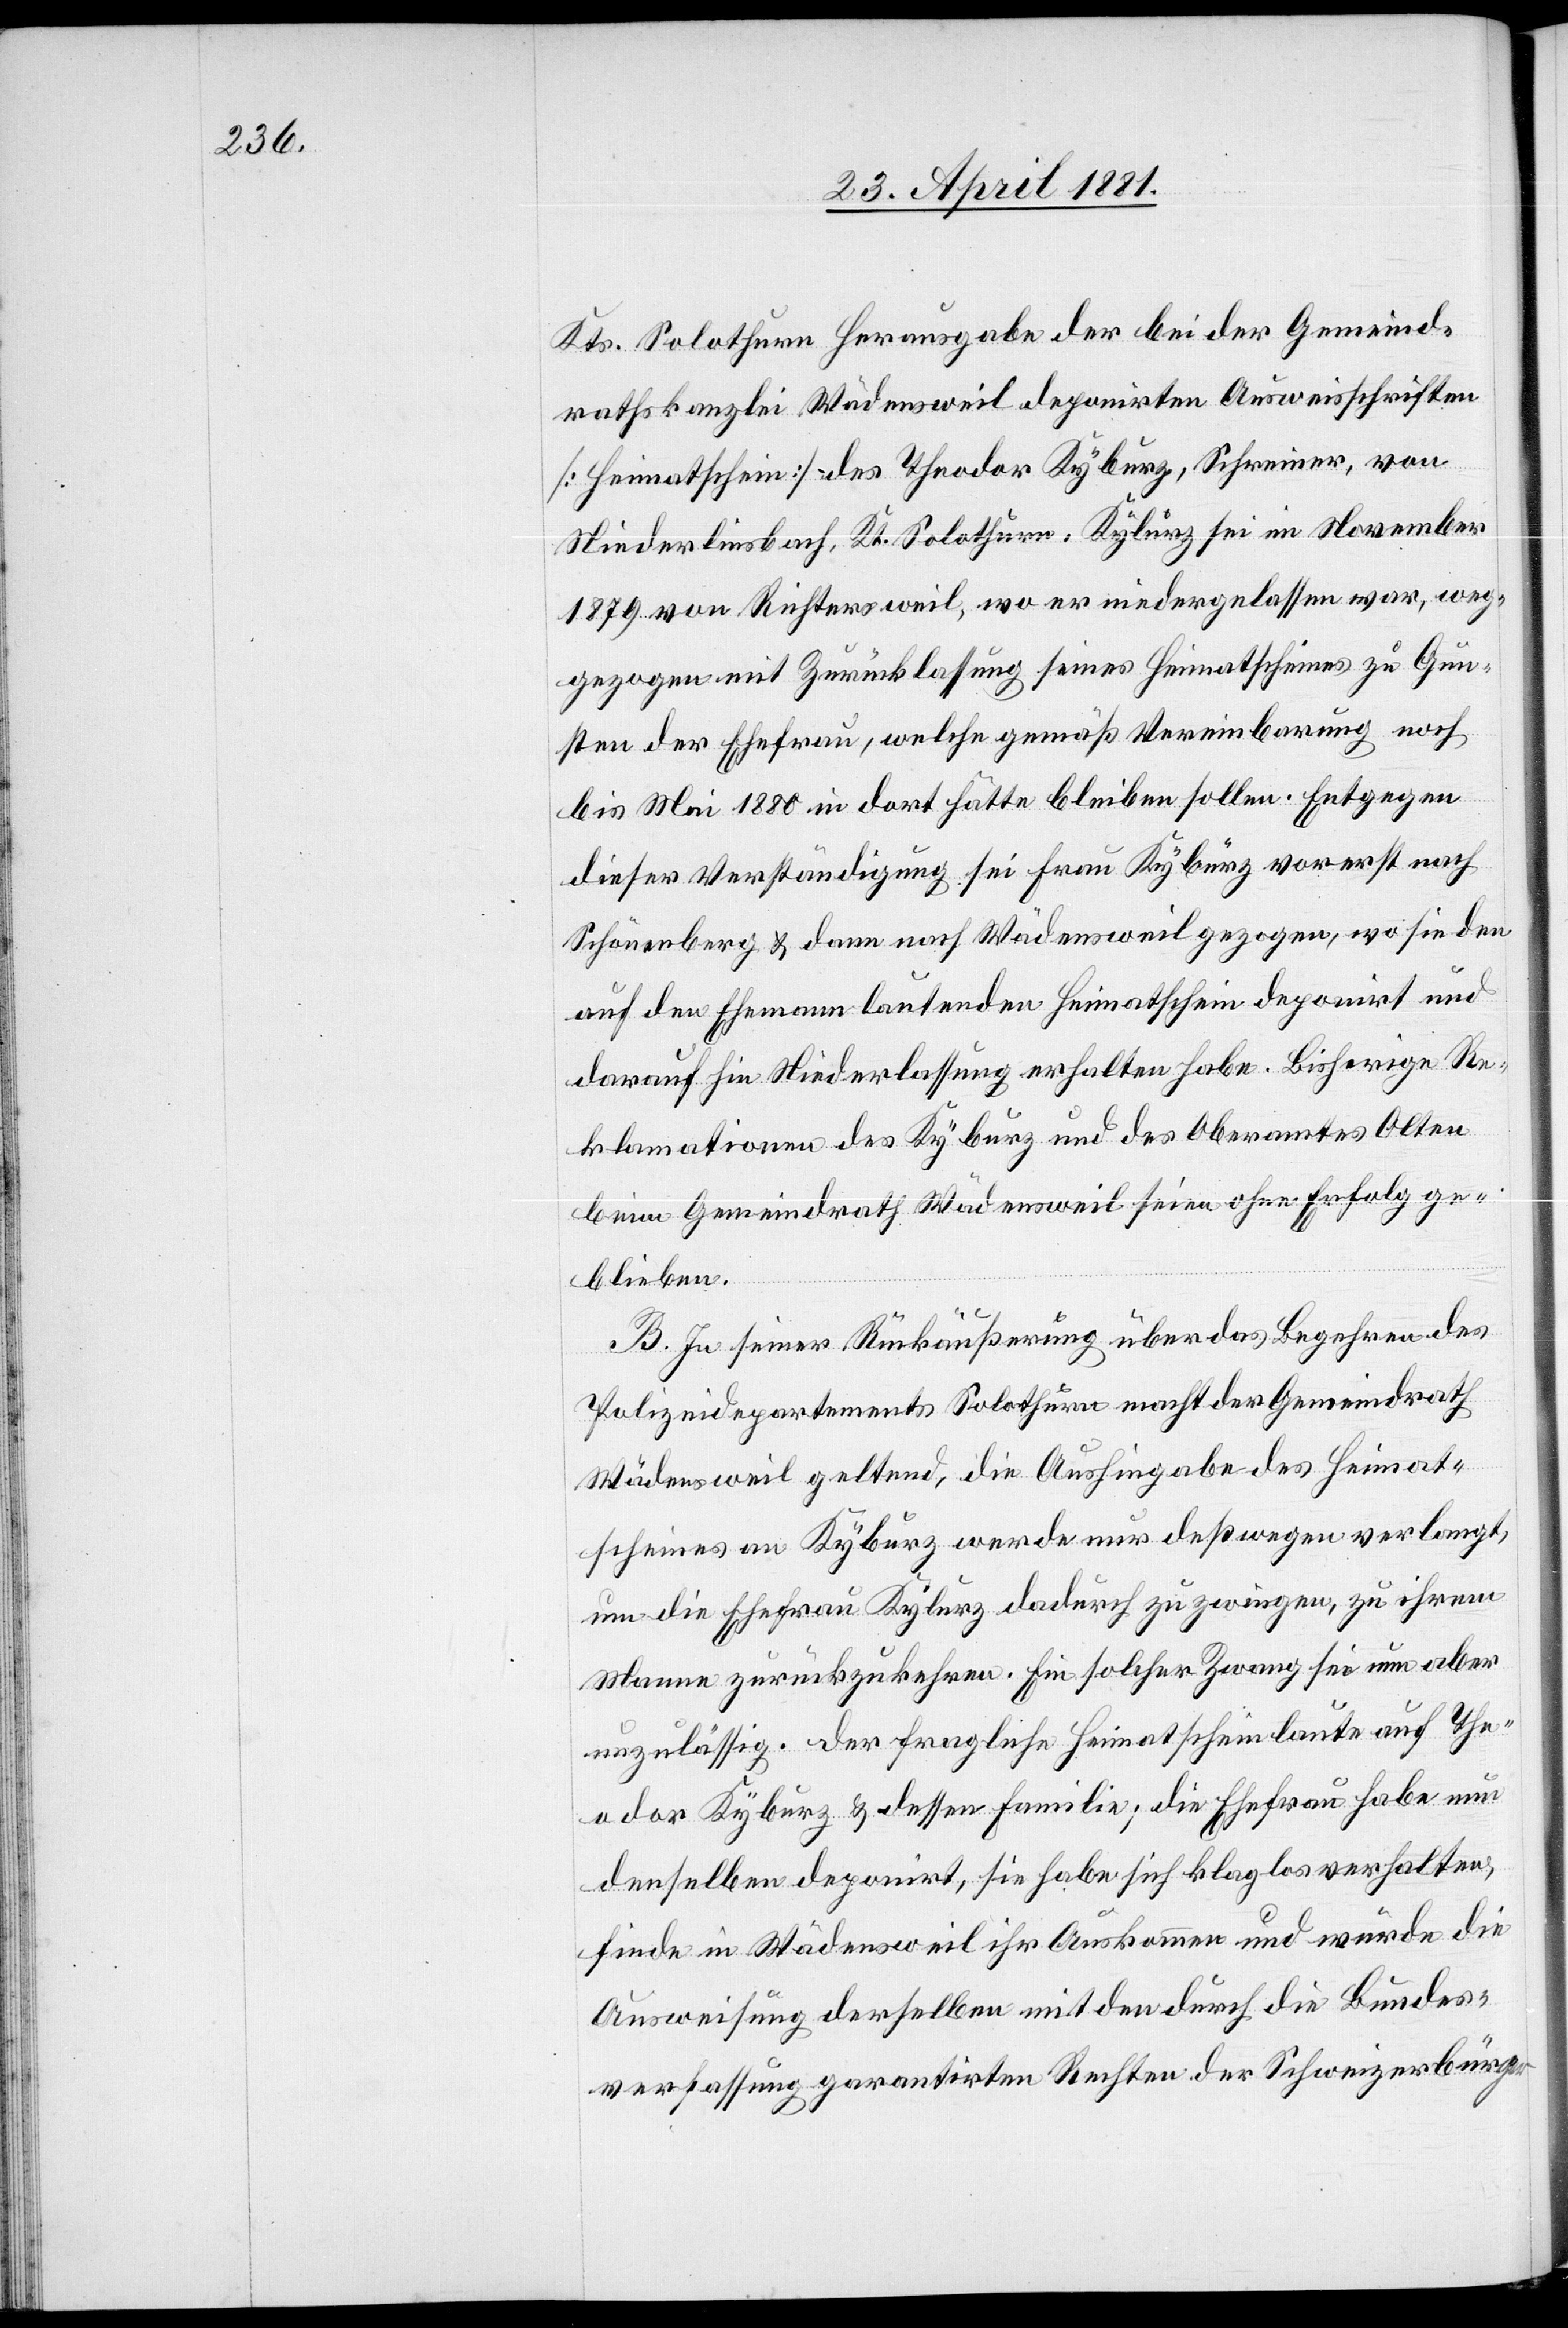
Kts. Solothurn Herausgabe der bei der Gemeind¬
rathskanzlei Wädensweil deponirten Ausweisschriften
[Heimatschein] des Theodor Kyburz, Schreiner, von
Niederliesbach, Kt. Solothurn, Kyburz sei im November
1879 von Richtersweil, wo er niedergelassen war, weg¬
gezogen mit Zurücklassung seines Heimatscheines zu Gun¬
sten der Ehefrau, welche gemäß Vereinbarung noch
bis Mai 1880 in dort hätte bleiben sollen. Entgegen
dieser Verständigung sei Frau Kyburz vorerst nach
Schönenberg & dann nach Wädensweil gezogen, wo sie den
auf den Ehemann lautenden Heimatschein deponirt und
darauf hin Niederlassung erhalten habe. Bisherige Re¬
klamationen des Kyburz und des Oberamtes Olten
beim Gemeindrath Wädensweil seien ohne Erfolg ge¬
blieben.
The¬
B. In seiner Rückäußerung über das Begehren des
Polizeidepartements Solothurn macht der Gemeindrath
Wädensweil geltend, die Aushingabe des Heimat¬
scheines an Kyburz werde nur deßwegen verlangt,
um die Ehefrau Kyburz dadurch zu zwingen, zu ihrem
Mann zurückzukehren. Ein solcher Zwang sei nun aber
odor Kyburz & dessen Familie; die Ehefrau habe nun
denselben deponirt, sie habe sich klaglos verhalten,
finde in Wädensweil ihr Auskommen und würde die
Ausweisung derselben mit den durch die Bundes¬
verfassung garantirten Rechten der Schweizerbürger